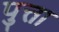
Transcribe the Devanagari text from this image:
पुत्ता